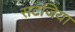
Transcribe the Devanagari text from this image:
सटजिया